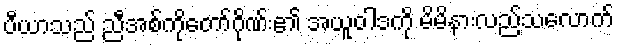
ပီယာသည် ညီအစ်ကိုတော်ဂိုဏ်း၏ အယူဝါဒကို မိမိနားလည်သလောက်